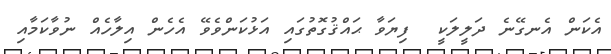
އެކަން އެނގޭނެ ދަލީލަކީ  ފިޔަވާ ޙައްޤުގޮތުގައި އަޅުކަންވެވޭ އެހެން އިލާހެއް ނުވާކަމާއި